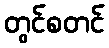
တွင်စတင်